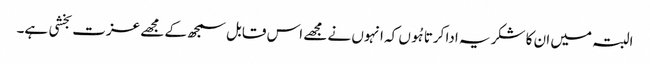
البتہ میں ان کا شکریہ ادا کرتا ہُوں کہ انہوں نے مجھے اس قابل سمجھ کے مجھے عزت بخشی ہے۔